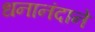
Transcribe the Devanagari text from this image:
धनानंदाने